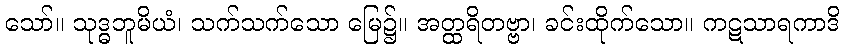
သော်။ သုဒ္ဓဘူမိယံ၊ သက်သက်သော မြေ၌။ အတ္ထရိတဗ္ဗာ၊ ခင်းထိုက်သော။ ကဋသာရကာဒိ